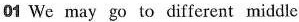
01 We may go to different middle